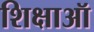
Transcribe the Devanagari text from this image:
शिक्षाऑ